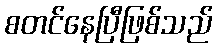
စတင်နေပြီဖြစ်သည်